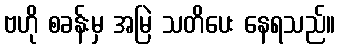
ဗဟို စခန်းမှ အမြဲ သတိပေး နေရသည်။